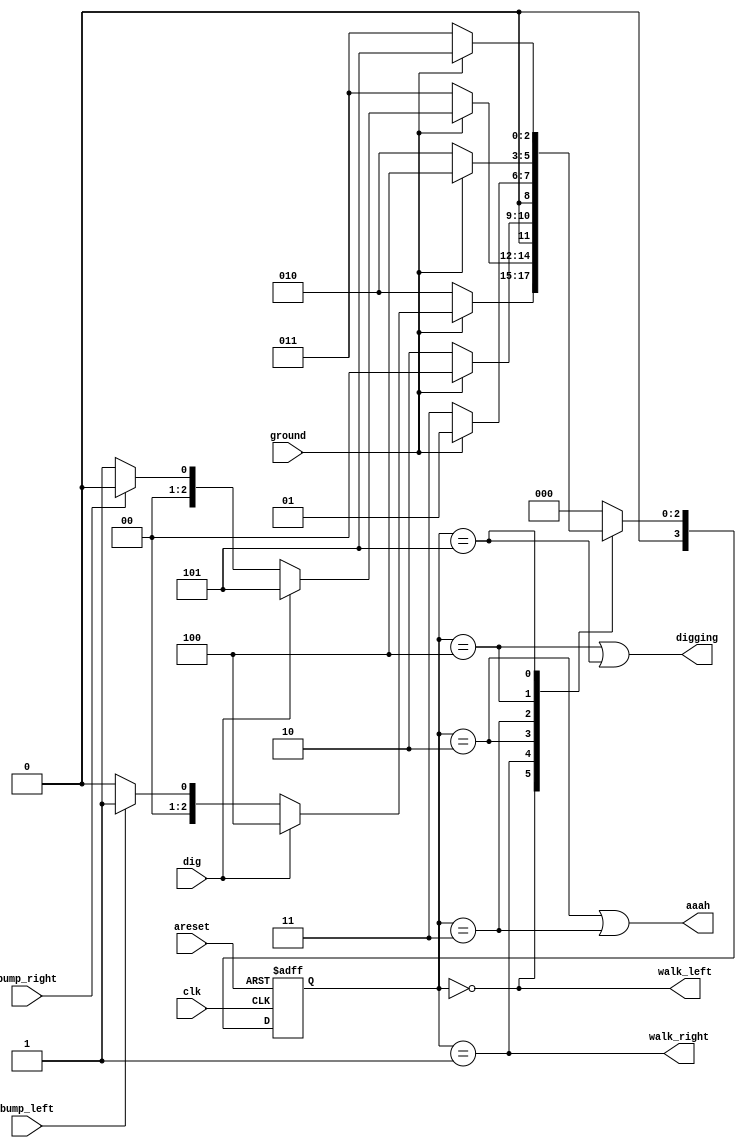
//2022_11_8 kerong
//Lemmings 3
module top_module(
    input clk,
    input areset,    // Freshly brainwashed Lemmings walk left.
    input bump_left,
    input bump_right,
    input ground,
    input dig,
    output walk_left,
    output walk_right,
    output aaah,
    output digging ); 

    reg [3:0]   state,next_state;
    parameter   LEFT          = 3'd0;
    parameter   RIGHT         = 3'd1;
    parameter   GROUND_LEFT   = 3'd2;
    parameter   GROUND_RIGHT  = 3'd3;
    parameter   DIG_LEFT      = 3'd4;
    parameter   DIG_RIGHT     = 3'd5;

    always @(posedge clk, posedge areset)begin
        if(areset)begin
            state <= LEFT;
        end
        else begin
            state <= next_state;
        end
    end
    
    always @(*)begin
        case(state)
            LEFT:begin
                next_state = ground ? (dig ? DIG_LEFT : (bump_left ? RIGHT : LEFT)) : GROUND_LEFT;
            end
            RIGHT:begin
                next_state = ground ? (dig ? DIG_RIGHT : (bump_right ? LEFT : RIGHT)) : GROUND_RIGHT;
            end
            GROUND_LEFT:begin
                next_state = ground ? LEFT : GROUND_LEFT;
            end
            GROUND_RIGHT:begin
                next_state = ground ? RIGHT : GROUND_RIGHT;
            end
            DIG_LEFT:begin
                next_state = ground ? DIG_LEFT : GROUND_LEFT;
            end
            DIG_RIGHT:begin
                next_state = ground ? DIG_RIGHT : GROUND_RIGHT;
            end
            default:next_state = LEFT;
        endcase
    end

    assign walk_left  = (state == LEFT);
    assign walk_right = (state == RIGHT);
    assign digging    = (state == DIG_LEFT || state == DIG_RIGHT);
    assign aaah       = (state == GROUND_LEFT || state == GROUND_RIGHT);

endmodule